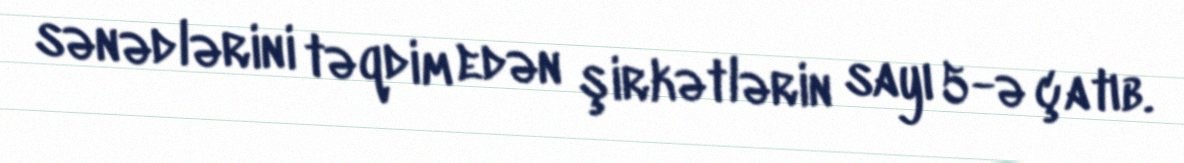
sənədlərini təqdim edən şirkətlərin sayı 5-ə çatıb.